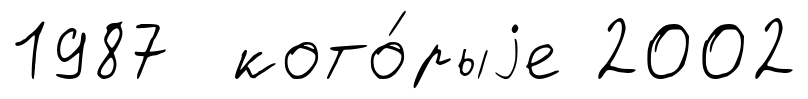
1987 кото́рыjе 2002